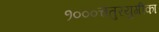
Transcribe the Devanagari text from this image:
१०००चतुरयुगीका